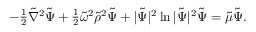
\begin{array} { r } { - \frac { 1 } { 2 } { \tilde { \nabla } } ^ { 2 } { \tilde { \Psi } } + \frac 1 2 { \tilde { \omega } } ^ { 2 } { \tilde { \rho } } ^ { 2 } { \tilde { \Psi } } + | { \tilde { \Psi } } | ^ { 2 } \ln | { \tilde { \Psi } } | ^ { 2 } { \tilde { \Psi } } = { \tilde { \mu } } { \tilde { \Psi } } . } \end{array}